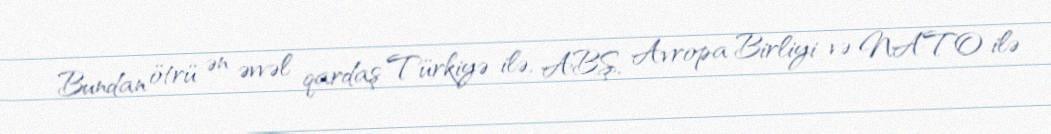
Bundan ötrü ən əvvəl qardaş Türkiyə ilə, ABŞ, Avropa Birliyi və NATO ilə